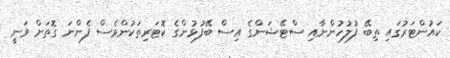
ކައުންޓަރުގައި ތިބޭ ފުލުހުންނާއި ސްޓޭޝަންގެ އިސް ބޭފުޅުންގެ ކޮޓަރިތަކުންވެސް ފެންނަ ގޮތަށް ވަނީ